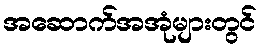
အဆောက်အအုံများတွင်